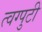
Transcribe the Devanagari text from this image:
त्वग्पुटी